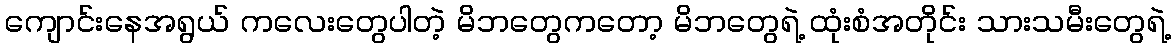
ကျောင်းနေအရွယ် ကလေးတွေပါတဲ့ မိဘတွေကတော့ မိဘတွေရဲ့ ထုံးစံအတိုင်း သားသမီးတွေရဲ့